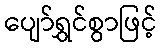
ပျော်ရွှင်စွာဖြင့်